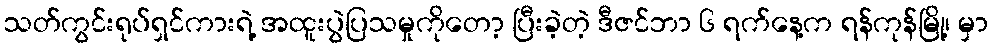
သတ်ကွင်းရုပ်ရှင်ကားရဲ့ အထူးပွဲပြသမှုကိုတော့ ပြီးခဲ့တဲ့ ဒီဇင်ဘာ ၆ ရက်နေ့က ရန်ကုန်မြို့၊ မှာ